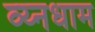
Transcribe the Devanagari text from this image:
व्य्नधाम